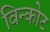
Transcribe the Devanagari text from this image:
विन्कोट